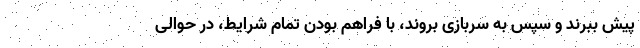
پیش ببرند و سپس به سربازی بروند، با فراهم بودن تمام شرایط، در حوالی